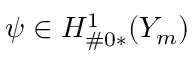
\psi \in H _ { \# 0 * } ^ { 1 } ( Y _ { m } )